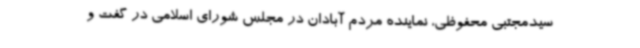
سیدمجتبی محفوظی، نماینده مردم آبادان در مجلس شورای اسلامی در گفت و